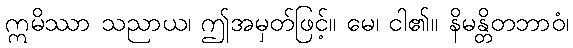
ဣမိဿာ သညာယ၊ ဤအမှတ်ဖြင့်။ မေ၊ ငါ၏။ နိမန္တိတဘာဝံ၊